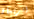
أتريدان